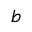
b